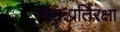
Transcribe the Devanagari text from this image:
स्वतःप्रतिरक्षा